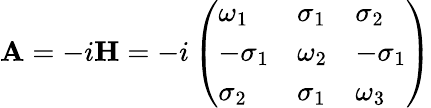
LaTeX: \mathbf{A}=-i\mathbf{H}=-i\left(\begin{array}{lll}{\omega_{1}}&{\sigma_{1}}&{\sigma_{2}}\\ {-\sigma_{1}}&{\omega_{2}}&{-\sigma_{1}}\\ {\sigma_{2}}&{\sigma_{1}}&{\omega_{3}}\end{array}\right)